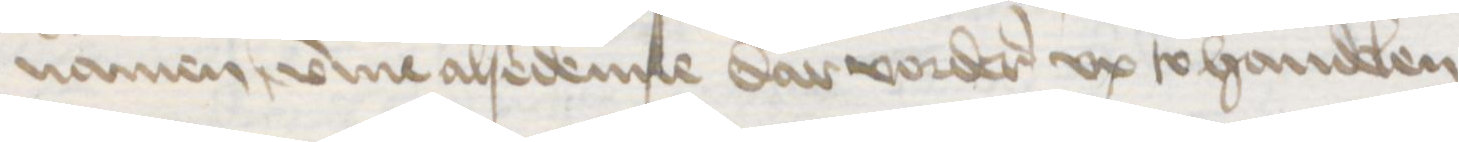
namen umme alsedenne dar vorderes vp to handelen